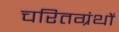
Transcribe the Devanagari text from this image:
चरितग्रंथों